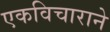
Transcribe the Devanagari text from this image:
एकविचाराने